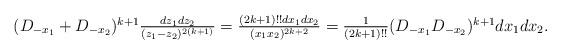
LaTeX: \begin{align*}\textstyle(D_{-x_1}+D_{-x_2})^{k+1}\frac{dz_1dz_2}{(z_1-z_2)^{2(k+1)}}=\frac{(2k+1)!!dx_1dx_2}{(x_1x_2)^{2k+2}}=\frac{1}{(2k+1)!!}(D_{-x_1}D_{-x_2})^{k+1}dx_1dx_2.\end{align*}